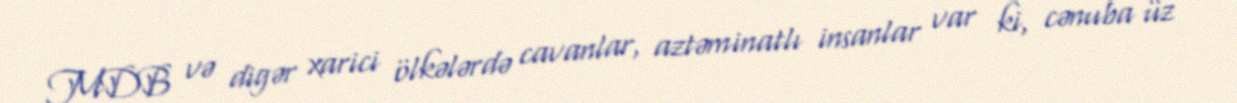
MDB və digər xarici ölkələrdə cavanlar, aztəminatlı insanlar var ki, cənuba üz